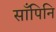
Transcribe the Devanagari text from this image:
साँपिनि